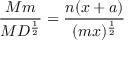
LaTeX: { \frac { M m } { M D ^ { \frac { 1 } { 2 } } } } = { \frac { n ( x + a ) } { ( m x ) ^ { \frac { 1 } { 2 } } } }